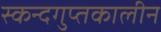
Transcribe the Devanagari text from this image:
स्कन्दगुप्तकालीन